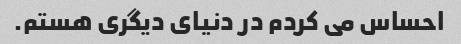
احساس می کردم در دنیای دیگری هستم.